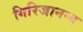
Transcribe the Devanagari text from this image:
गिरिजानन्द